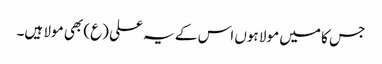
جس کا میں مولا ہوں اس کے یہ علی (ع) بھی مولا ہیں۔